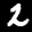
Label: 2